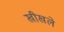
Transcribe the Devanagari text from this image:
खीखले